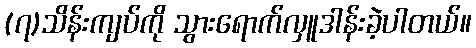
(၇)သိန်းကျပ်ကို သွားရောက်လှူဒါန်းခဲ့ပါတယ်။